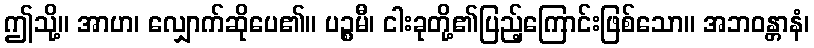
ဤသို့။ အာဟ၊ လျှောက်ဆိုပေ၏။ ပဉ္စမီ၊ ငါးခုတို့၏ပြည့်ကြောင်းဖြစ်သော။ အဘဝန္တာနံ၊